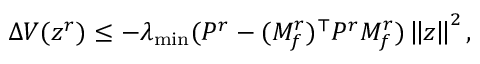
\begin{array} { r } { \Delta V ( z ^ { r } ) \leq - \lambda _ { \operatorname* { m i n } } ( P ^ { r } - ( M _ { f } ^ { r } ) ^ { \top } P ^ { r } M _ { f } ^ { r } ) \left\| z \right\| ^ { 2 } , } \end{array}